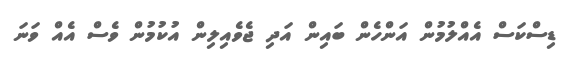
ޑިސްކަސް އެއްލުމުން އަންހެން ބައިން އަދި ޖެވެއިލިން އުކުމުން ވެސް އެއް ވަނަ